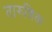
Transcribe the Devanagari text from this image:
तारुणिक